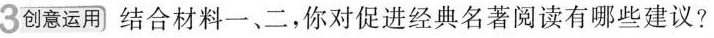
3 创意运用 结合材料一、二，你对促进经典名著阅读有哪些建议?